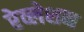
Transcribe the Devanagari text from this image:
रेव्लेशन